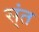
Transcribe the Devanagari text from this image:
स्ंत